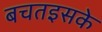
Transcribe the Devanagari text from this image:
बचतइसके